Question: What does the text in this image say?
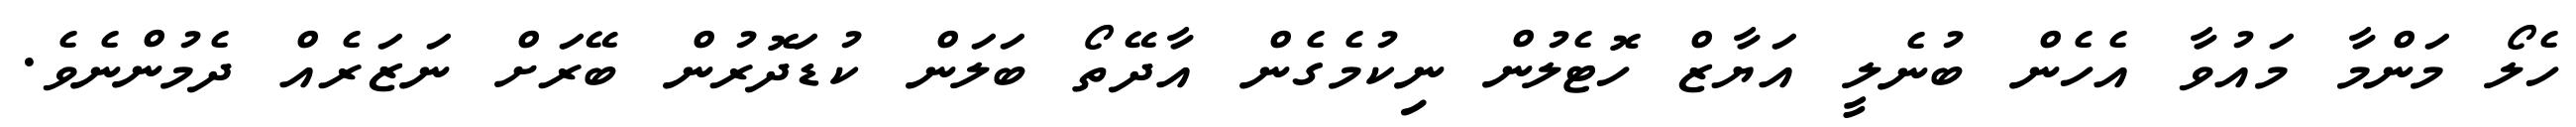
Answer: ހެލޯ މަންމާ މައުވާ އެހެން ބުނެލީ އަޔާޒް ހޮޓެލުން ނިކުމެގެން އާދޭތޯ ބަލަން ކުޑަދޮރުން ބޭރަށް ނަޒަރެއް ދެމުންނެވެ.